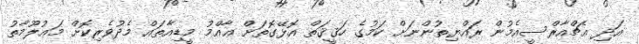
އަދި އެޗްއާރްސީއެމުން ރައްޔިތުންނަށް ކަމުގެ ހަޤީޤަތް އޮޅޭގޮތަށް ޢާއްމު މީޑިއާތައް މެދުވެރިކޮށް މަޢުލޫމާތު